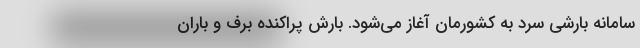
سامانه بارشی سرد به کشورمان آغاز می‌شود. بارش پراکنده برف و باران